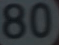
80